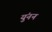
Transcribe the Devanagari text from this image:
युंनन